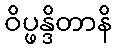
ဝိပ္ဖန္ဒိတာနိ